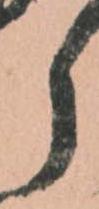
ら